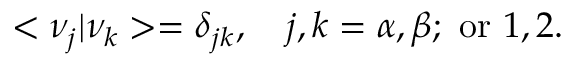
< \nu _ { j } | \nu _ { k } > = \delta _ { j k } , ~ ~ ~ j , k = \alpha , \beta ; ~ \mathrm { o r } ~ 1 , 2 .